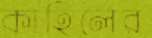
কাহিলের